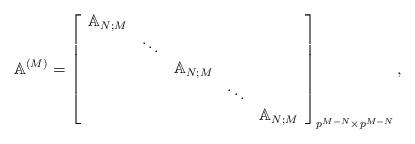
LaTeX: \begin{align*}\mathbb{A}^{\left( M\right) }=\left[\begin{array}[c]{ccccc}\mathbb{A}_{N;M} & & & & \\& \ddots & & & \\& & \mathbb{A}_{N;M} & & \\& & & \ddots & \\& & & & \mathbb{A}_{N;M}\end{array}\right] _{p^{M-N}\times p^{M-N}}, \end{align*}